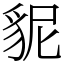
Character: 䝚